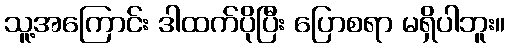
သူ့အကြောင်း ဒါထက်ပိုပြီး ပြောစရာ မရှိပါဘူး။